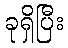
ခုရှိပြီး